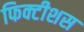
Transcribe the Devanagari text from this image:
फिक्टीशस